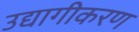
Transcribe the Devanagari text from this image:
उद्यागीकरण